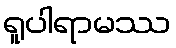
ရူပါရာမဿ